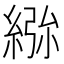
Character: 𮈢